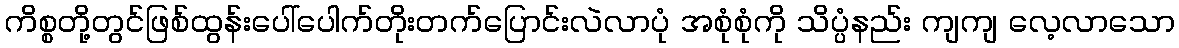
ကိစ္စတို့တွင်ဖြစ်ထွန်းပေါ်ပေါက်တိုးတက်ပြောင်းလဲလာပုံ အစုံစုံကို သိပ္ပံနည်း ကျကျ လေ့လာသော